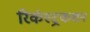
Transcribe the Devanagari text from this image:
रिकंस्ट्रकशन